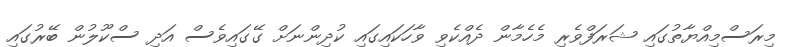
މިރަސްމިއްޔާތުގައި ޝަރަފްވެރި މެހެމާން ދެއްކެވި ވާހަކައިގައި ކުދިންނަށް ގޭގައިވެސް އަދި ސްކޫލުން ބޭރުގައި